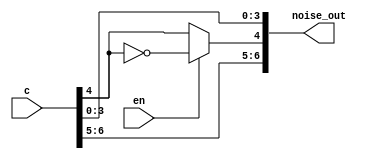
module noise (
    input en,
    input [1:7] c,
    output reg [1:7] noise_out
);
    always @(*) begin
        noise_out = c; // Start by copying c to noise_out
        if (en)
            noise_out[3] = ~c[3]; // Toggle bit c[3] if en is high
    end
endmodule